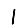
Digit: 1